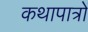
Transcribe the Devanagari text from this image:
कथापात्रों